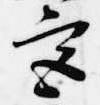
宮